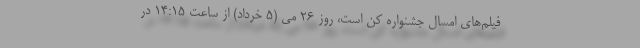
فیلم‌های امسال جشنواره کن است، روز ۲۶ می (۵ خرداد) از ساعت ۱۴:۱۵ در